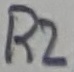
Text: R2